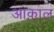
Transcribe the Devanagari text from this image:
आक़ाल